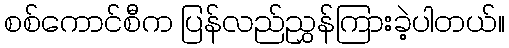
စစ်ကောင်စီက ပြန်လည်ညွှန်ကြားခဲ့ပါတယ်။